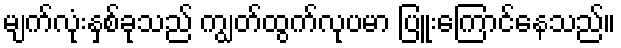
မျက်လုံးနှစ်ခုသည် ကျွတ်ထွက်လုပမာ ပြူးကြောင်နေသည်။